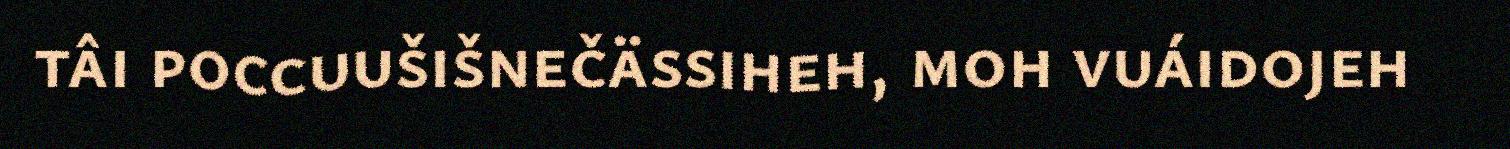
tâi poccuušišnečässiheh, moh vuáidojeh